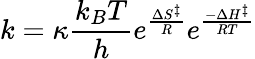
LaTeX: k=\kappa{\frac{k_{B}T}{h}}e^{\frac{\Delta S^{\ddagger}}{R}}e^{\frac{-\Delta H^{\ddagger}}{RT}}